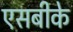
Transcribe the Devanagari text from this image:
एसबीके